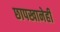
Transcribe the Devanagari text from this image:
छापखानेही